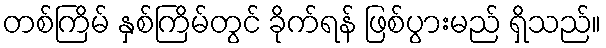
တစ်ကြိမ် နှစ်ကြိမ်တွင် ခိုက်ရန် ဖြစ်ပွားမည် ရှိသည်။